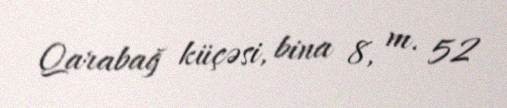
Qarabağ küçəsi, bina 8, m. 52